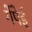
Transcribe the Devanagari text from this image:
गेंपेई